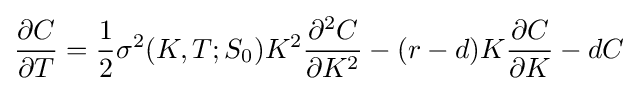
{\frac {\partial C}{\partial T}}={\frac {1}{2}}\sigma ^{2}(K,T;S_{0})K^{2}{\frac {\partial ^{2}C}{\partial K^{2}}}-(r-d)K{\frac {\partial C}{\partial K}}-dC